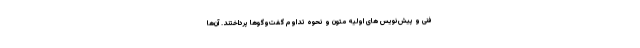
فنی و پیش‌نویس های اولیه متون و نحوه تداوم گفت‌وگوها پرداختند. آن‌ها